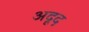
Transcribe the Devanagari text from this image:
अदूद